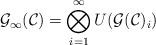
LaTeX: \begin{align*}\mathcal{G}_{\infty}(\mathcal{C}) = \bigotimes_{i=1}^{\infty} U(\mathcal{G}(\mathcal{C})_i)\end{align*}